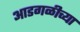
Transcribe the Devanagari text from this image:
आडगळीच्या